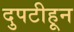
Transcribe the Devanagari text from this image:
दुपटीहून